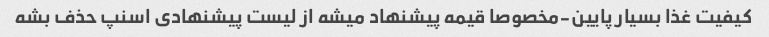
کیفیت غذا بسیار پایین-مخصوصا قیمه پیشنهاد میشه از لیست پیشنهادى اسنپ حذف بشه